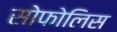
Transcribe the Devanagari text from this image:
सोफोलिस